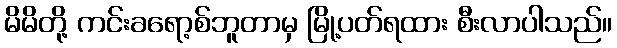
မိမိတို့ ကင်းခရော့စ်ဘူတာမှ မြို့ပတ်ရထား စီးလာပါသည်။